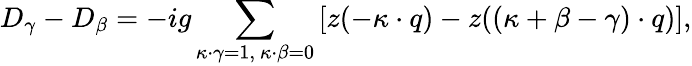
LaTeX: D_{\gamma}-D_{\beta}=-ig\sum_{\kappa\cdot\gamma=1,\ \kappa\cdot\beta=0}\left[z(-\kappa\cdot q)-z((\kappa+\beta-\gamma)\cdot q)\right],